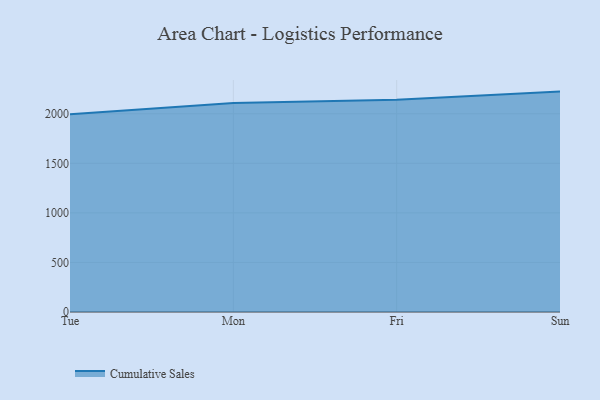
{"axis": {"x": "Day", "y": "Net Income (USD K)"}, "legend": ["Cumulative Sales"], "data": [{"x": "Tue", "y": 1995.8, "type": "Cumulative Sales"}, {"x": "Mon", "y": 2107.9, "type": "Cumulative Sales"}, {"x": "Fri", "y": 2141.1, "type": "Cumulative Sales"}, {"x": "Sun", "y": 2223.4, "type": "Cumulative Sales"}]}